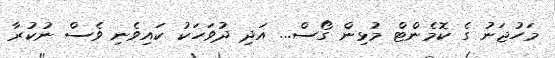
މަހުޖަނު ގެ ކޮމެންޓް މުޅިން ގޯސް... އަދި ދުވަހަކު ކައިވެނި ވެސް ނުކުރާ